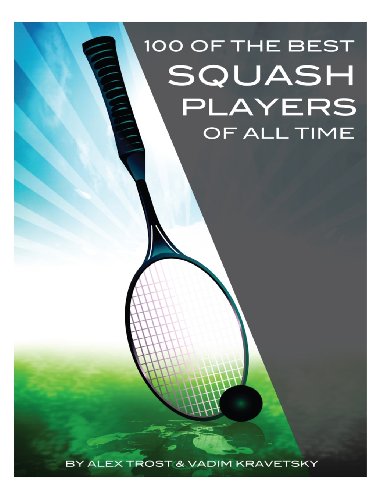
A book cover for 100 of the Best Squash Players of All Time; Alex Trost; Sports & Outdoors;